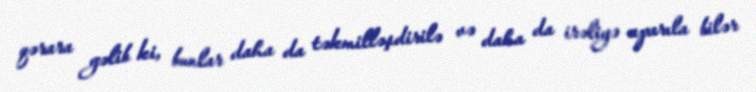
qərara gəlib ki, bunlar daha da təkmilləşdirilə və daha da irəliyə aparıla bilər